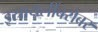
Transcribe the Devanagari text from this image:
इस्रायलींबरोबर